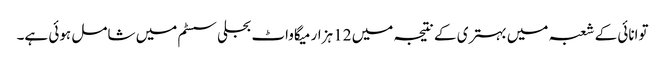
توانائی کے شعبہ میں بہتری کے نتیجہ میں 12 ہزار میگاواٹ بجلی سسٹم میں شامل ہوئی ہے۔